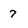
Character: 7